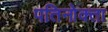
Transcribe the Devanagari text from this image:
पतिनोक्ता